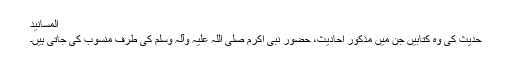
المسانید
حدیث کی وہ کتابیں جن میں مذکور احادیث، حضور نبی اکرم صلی اللہ علیہ وآلہ وسلم کی طرف منسوب کی جاتی ہیں۔